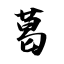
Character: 葛